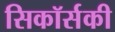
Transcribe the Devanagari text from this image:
सिकॉर्सकी